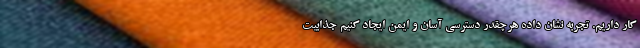
کار داریم. تجربه نشان داده هرچقدر دسترسی آسان و ایمن ایجاد کنیم جذابیت